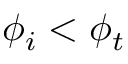
\phi _ { i } < \phi _ { t }